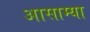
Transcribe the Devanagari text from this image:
आसाम्या